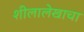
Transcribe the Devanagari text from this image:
शीलालेखाचा